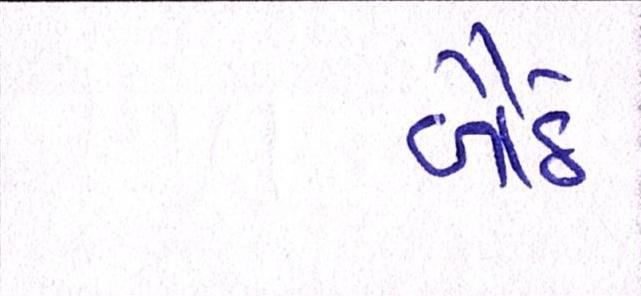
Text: બૈઠે